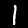
Label: 1